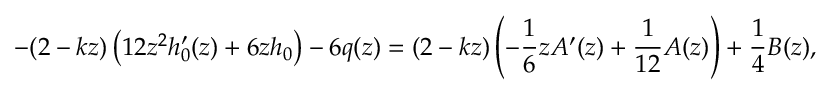
- ( 2 - k z ) \left( 1 2 z ^ { 2 } h _ { 0 } ^ { \prime } ( z ) + 6 z h _ { 0 } \right) - 6 q ( z ) = ( 2 - k z ) \left( - \frac { 1 } { 6 } z A ^ { \prime } ( z ) + \frac { 1 } { 1 2 } A ( z ) \right) + \frac { 1 } { 4 } B ( z ) ,